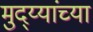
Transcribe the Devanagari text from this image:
मुद्य्यांच्या